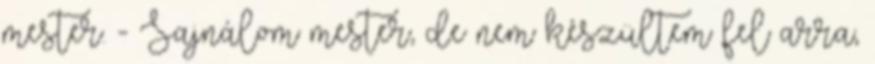
mester. - Sajnálom mester, de nem készültem fel arra,